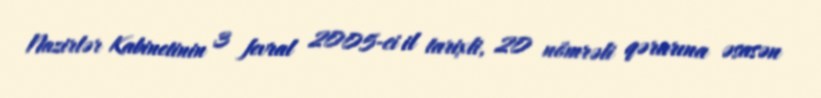
Nazirlər Kabinetinin 3 fevral 2005-ci il tarixli, 20 nömrəli qərarına əsasən